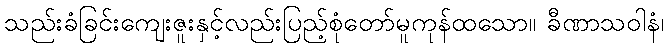
သည်းခံခြင်းကျေးဇူးနှင့်လည်းပြည့်စုံတော်မူကုန်ထသော။ ခီဏာသဝါနံ၊